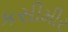
કસીમીર